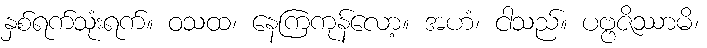
နှစ်ရက်သုံးရက်။ ဝသထ၊ နေကြကုန်လော့။ အဟံ၊ ငါသည်။ ပဗ္ဗဇိဿာမိ၊